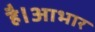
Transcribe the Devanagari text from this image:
है।आभार